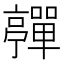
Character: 𡅄